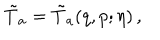
LaTeX: \tilde { T } _ { a } = \tilde { T } _ { a } ( q , p ; \eta ) \, ,